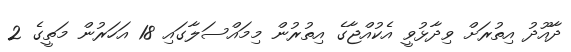
ދާއޫދު އިތުރަށް ވިދާޅުވީ އެކުއްޖާގެ އިތުރުން މިމައްސަލާގައި 18 އަހަރުން މަތީގެ 2